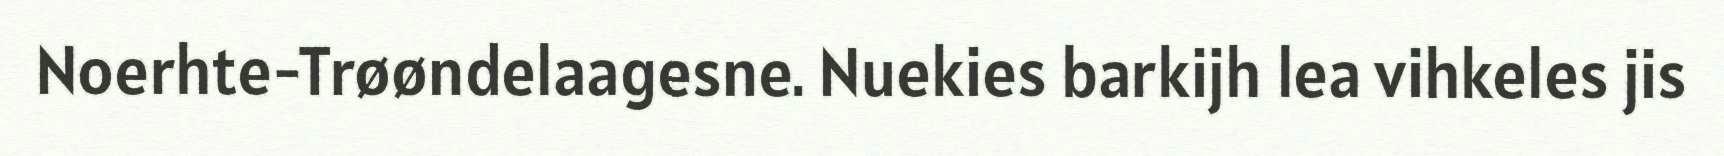
Noerhte-Trøøndelaagesne. Nuekies barkijh lea vihkeles jis